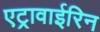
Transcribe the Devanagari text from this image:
एट्रावाईरिन